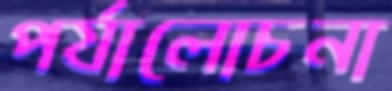
পর্যালোচনা